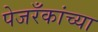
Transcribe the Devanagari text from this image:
पेजरँकांच्या